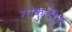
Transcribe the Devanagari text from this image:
गोकुलीय